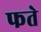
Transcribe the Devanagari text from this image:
फते